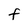
Character: f